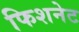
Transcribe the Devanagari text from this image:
फिशनेट